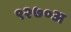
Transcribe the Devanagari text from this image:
९२७०अ